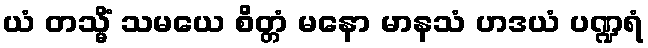
ယံ တသ္မိံ သမယေ စိတ္တံ မနော မာနသံ ဟဒယံ ပဏ္ဍရံ